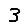
Digit: 3